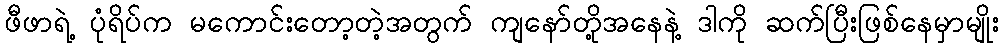
ဖီဖာရဲ့ ပုံရိပ်က မကောင်းတော့တဲ့အတွက် ကျနော်တို့အနေနဲ့ ဒါကို ဆက်ပြီးဖြစ်နေမှာမျိုး